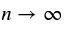
n \to \infty